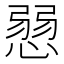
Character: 𢞔